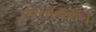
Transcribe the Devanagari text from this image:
अभ्यागमन